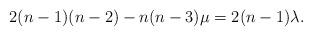
LaTeX: \begin{align*} 2(n-1)(n-2)-n(n-3)\mu=2(n-1)\lambda.\end{align*}